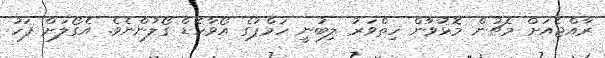
ރާއްޖެއަށް މެޗުން މޮޅުވާން ހިތްވަރު ލިބުނީ ހަމްޕުގެ އޯވާހެޑް ގޯލުންނެވެ. އެގޯލަށް ފަހު